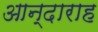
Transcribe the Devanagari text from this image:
आन्दाराह